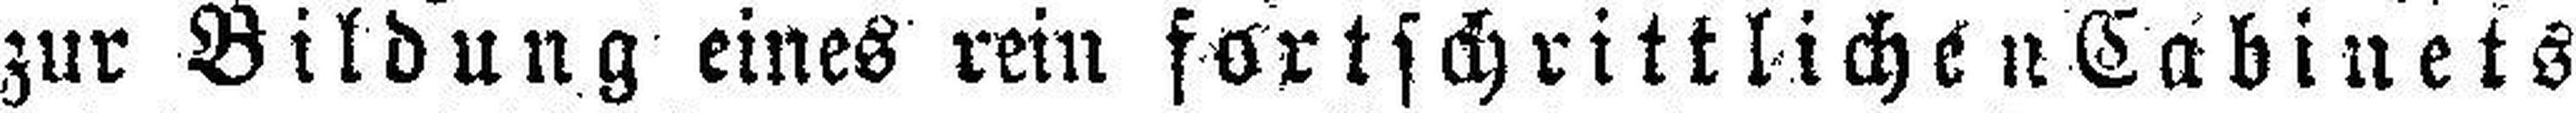
zur Bildung eines rein fortschrittliche Cabinets